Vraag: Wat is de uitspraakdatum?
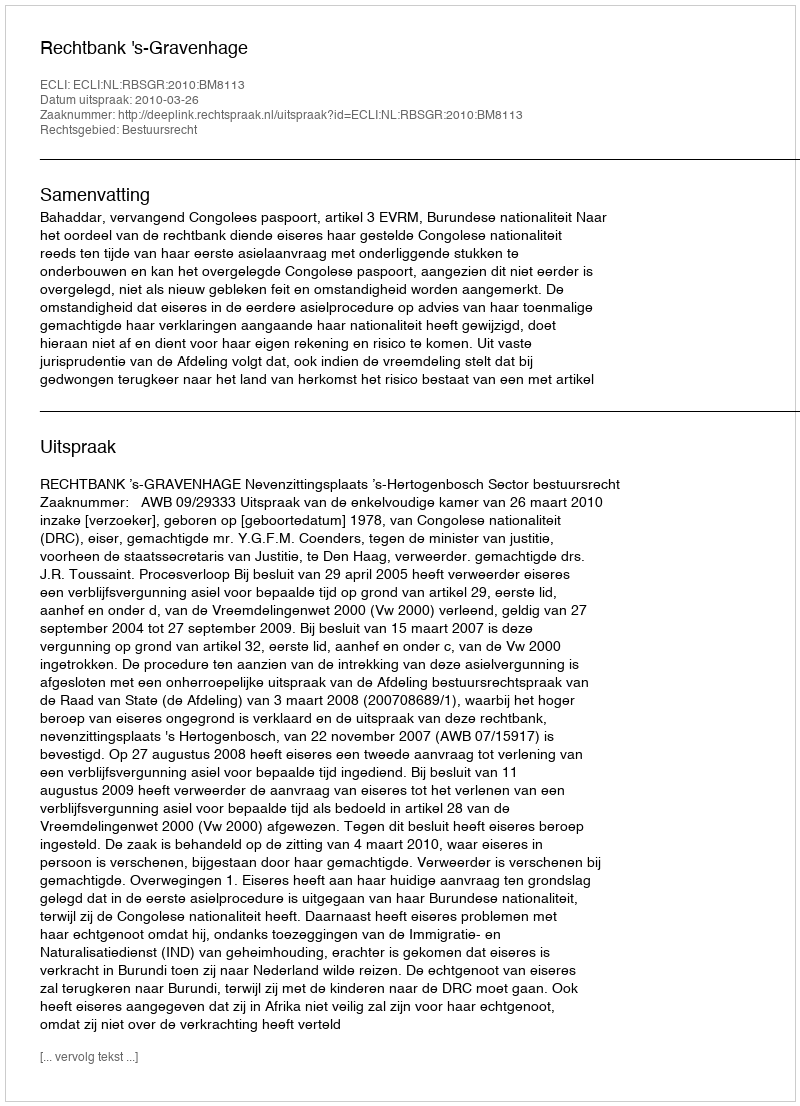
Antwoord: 2010-03-26